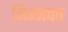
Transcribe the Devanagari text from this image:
निम्‍नवत